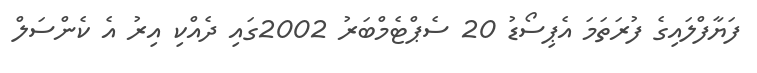
ފަޔާފްލައިގެ ފުރަތަމަ އެޕިސޯޑު 20 ސެޕްޓެމްބަރު 2002ގައި ދެއްކި އިރު އެ ކެންސަލް